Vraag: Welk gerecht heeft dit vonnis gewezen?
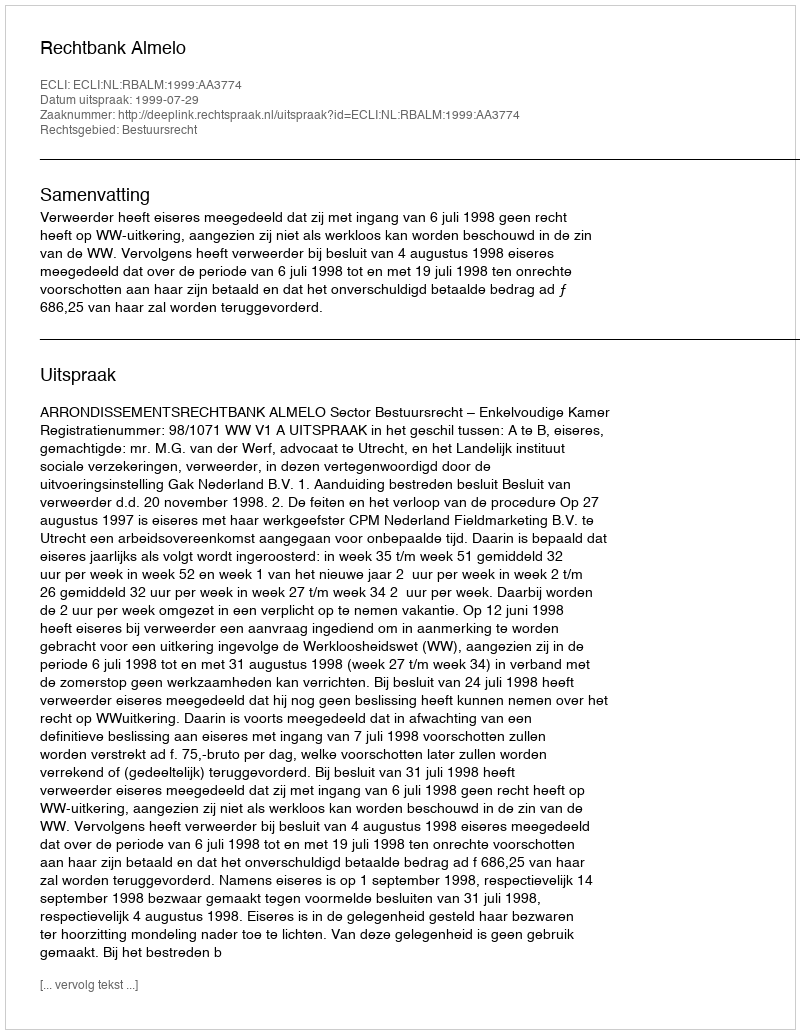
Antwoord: Rechtbank Almelo